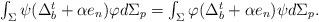
LaTeX: \begin{align*}\begin{array}{c}\int_{\Sigma }\psi (\Delta _{b}^{t}+\alpha e_{n})\varphi d\Sigma_{p}=\int_{\Sigma }\varphi (\Delta _{b}^{t}+\alpha e_{n})\psi d\Sigma _{p}.\end{array}\end{align*}